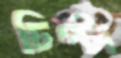
চিপ্‌টা